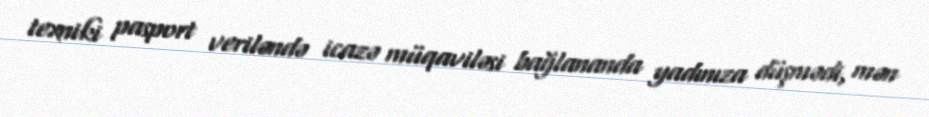
texniki pasport veriləndə icazə müqaviləsi bağlananda yadınıza düşmədi, mən